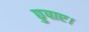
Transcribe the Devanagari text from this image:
छुपाए।